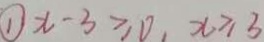
\textcircled { 1 } x - 3 \geq 0 , x \geq 3